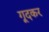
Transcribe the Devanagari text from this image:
गूदकर